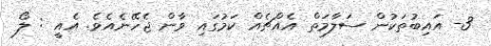
3- އައިބުތަކުން ސަލާމަތް އެއްޗެއް ކަމުގައި ވާން ޖެހޭނެއެވެ. އެއީ : ލޯ